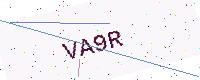
Text: VA9R